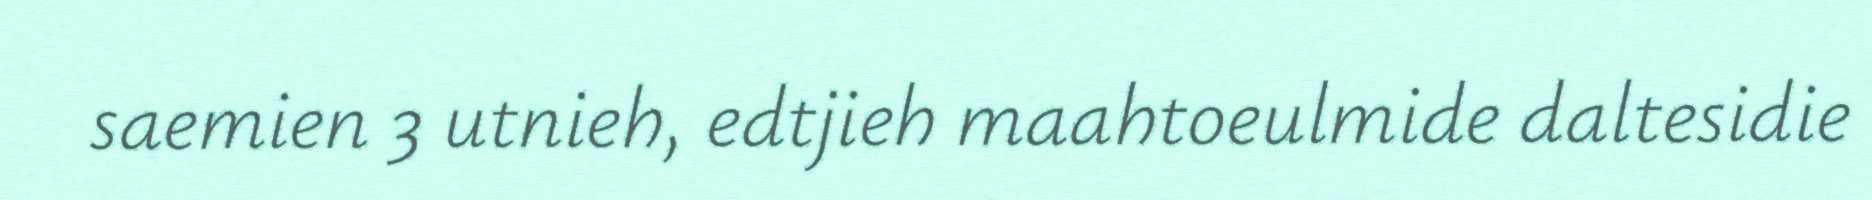
saemien 3 utnieh, edtjieh maahtoeulmide daltesidie